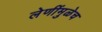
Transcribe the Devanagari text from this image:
लेणींमुळेच